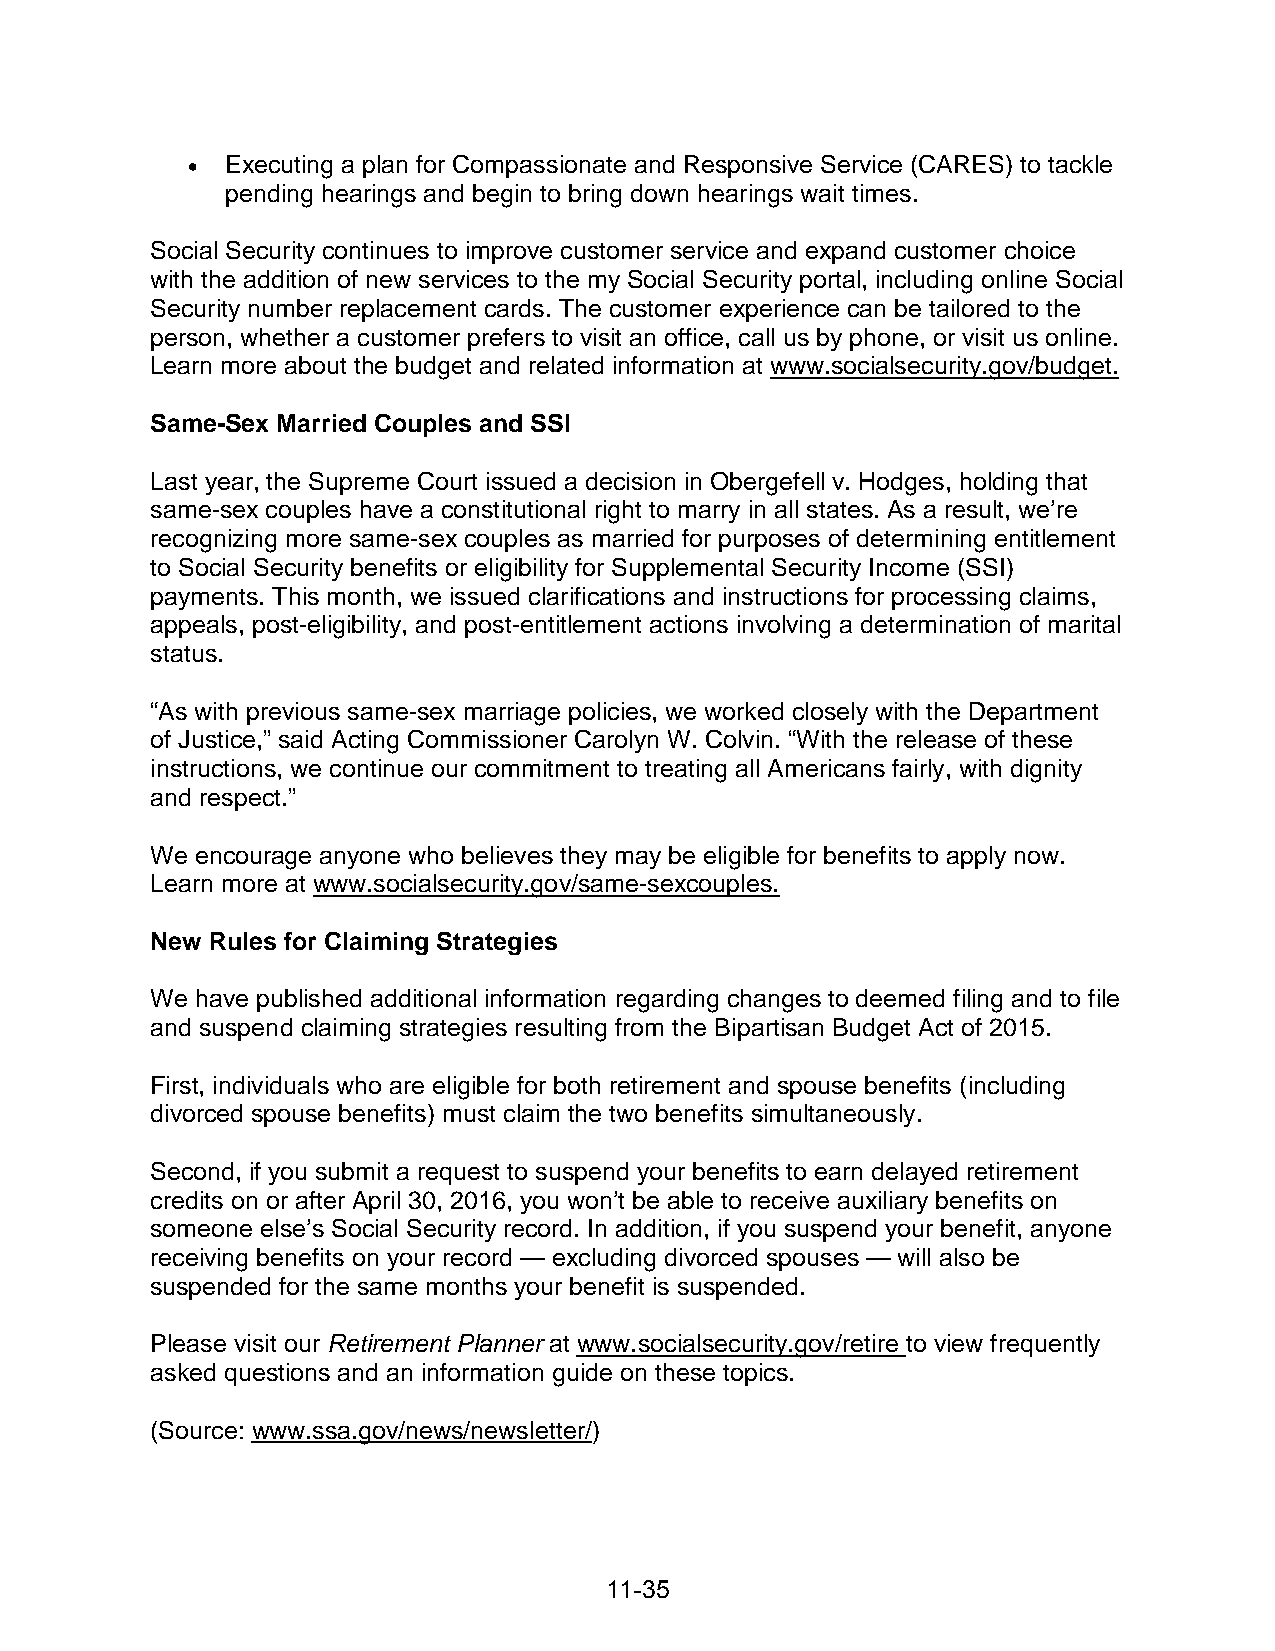
•  Executing a plan for Compassionate and Responsive Service (CARES) to tackle
 pending hearings and begin to bring down hearings wait times.
 Social Security continues to improve customer service and expand customer choice
 with the addition of new services to the my Social Security portal, including online Social
 Security number replacement cards. The customer experience can be tailored to the
 person, whether a customer prefers to visit an office, call us by phone, or visit us online.
 Learn more about the budget and related information at www.socialsecurity.gov/budget.
 Same-Sex Married Couples and SSI
 Last year, the Supreme Court issued a decision in Obergefell v. Hodges, holding that
 same-sex couples have a constitutional right to marry in all states. As a result, we’re
 recognizing more same-sex couples as married for purposes of determining entitlement
 to Social Security benefits or eligibility for Supplemental Security Income (SSI)
 payments. This month, we issued clarifications and instructions for processing claims,
 appeals, post-eligibility, and post-entitlement actions involving a determination of marital
 status.
 “As with previous same-sex marriage policies, we worked closely with the Department
 of Justice,” said Acting Commissioner Carolyn W. Colvin. “With the release of these
 instructions, we continue our commitment to treating all Americans fairly, with dignity
 and respect.”
 We encourage anyone who believes they may be eligible for benefits to apply now.
 Learn more at www.socialsecurity.gov/same-sexcouples.
 New Rules for Claiming Strategies
 We have published additional information regarding changes to deemed filing and to file
 and suspend claiming strategies resulting from the Bipartisan Budget Act of 2015.
 First, individuals who are eligible for both retirement and spouse benefits (including
 divorced spouse benefits) must claim the two benefits simultaneously.
 Second, if you submit a request to suspend your benefits to earn delayed retirement
 credits on or after April 30, 2016, you won’t be able to receive auxiliary benefits on
 someone else’s Social Security record. In addition, if you suspend your benefit, anyone
 receiving benefits on your record — excluding divorced spouses — will also be
 suspended for the same months your benefit is suspended.
 Please visit our Retirement Planner at www.socialsecurity.gov/retire to view frequently
 asked questions and an information guide on these topics.
 (Source: www.ssa.gov/news/newsletter/)
 11-35